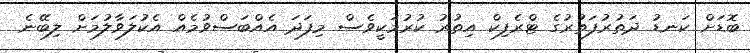
ބޮޑަށް ކަނޑު ދަތުރުފަތުރުގެ ޓްރެފިކް އިތުރު ކުރުމަކީވެސް މިފަދަ އެއްބަސްވުމެއް އެކުލަވާލުމަށް ލިބޭނެ